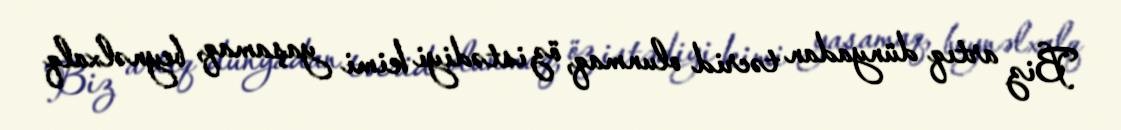
Biz artıq dünyadan təcrid olunmaq, öz istədiyi kimi yaşamaq, beynəlxalq